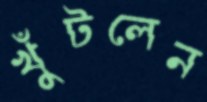
খুঁটলেন